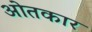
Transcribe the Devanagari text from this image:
ओतकार